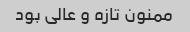
ممنون تازه و عالی بود